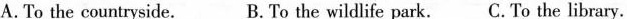
A.To the countryside. B. To the wildlife park. C. To the library.